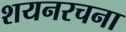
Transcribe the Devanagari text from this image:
शयनरचना